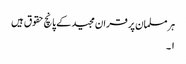
ہر مسلمان پر قران مجید کے پانچ حقوق ہیں
۱۔